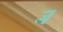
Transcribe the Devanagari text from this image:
र्‍ाॣ